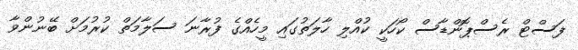
ފަސްޓް ރެސްޕޮންޑާސް ކޯހަކީ ކުއްލި ހާލަތުގައި މީހެއްގެ ފުރާނަ ސަލާމަތް ކުރުމަށް ބޭނުންވާ